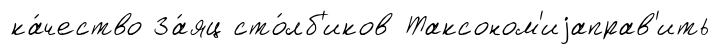
ка́чество За́яц сто́лб'иков Таксоном'иjаправ'ить